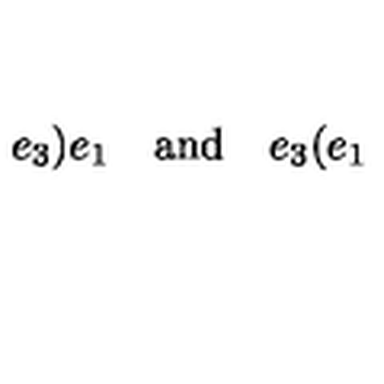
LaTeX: e _ { 3 } \mathbf { ) } e _ { 1 } \quad \mathrm { a n d } \quad e _ { 3 } \mathbf { ( } e _ { 1 }